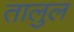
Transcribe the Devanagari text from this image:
तालुल